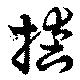
偖